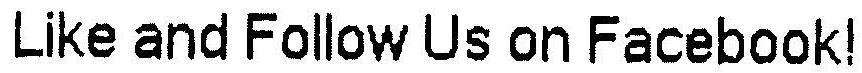
LIKE AND FOLLOW US ON FACEBOOK!